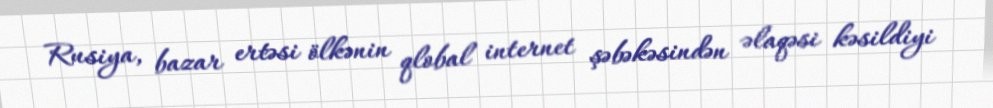
Rusiya, bazar ertəsi ölkənin qlobal internet şəbəkəsindən əlaqəsi kəsildiyi